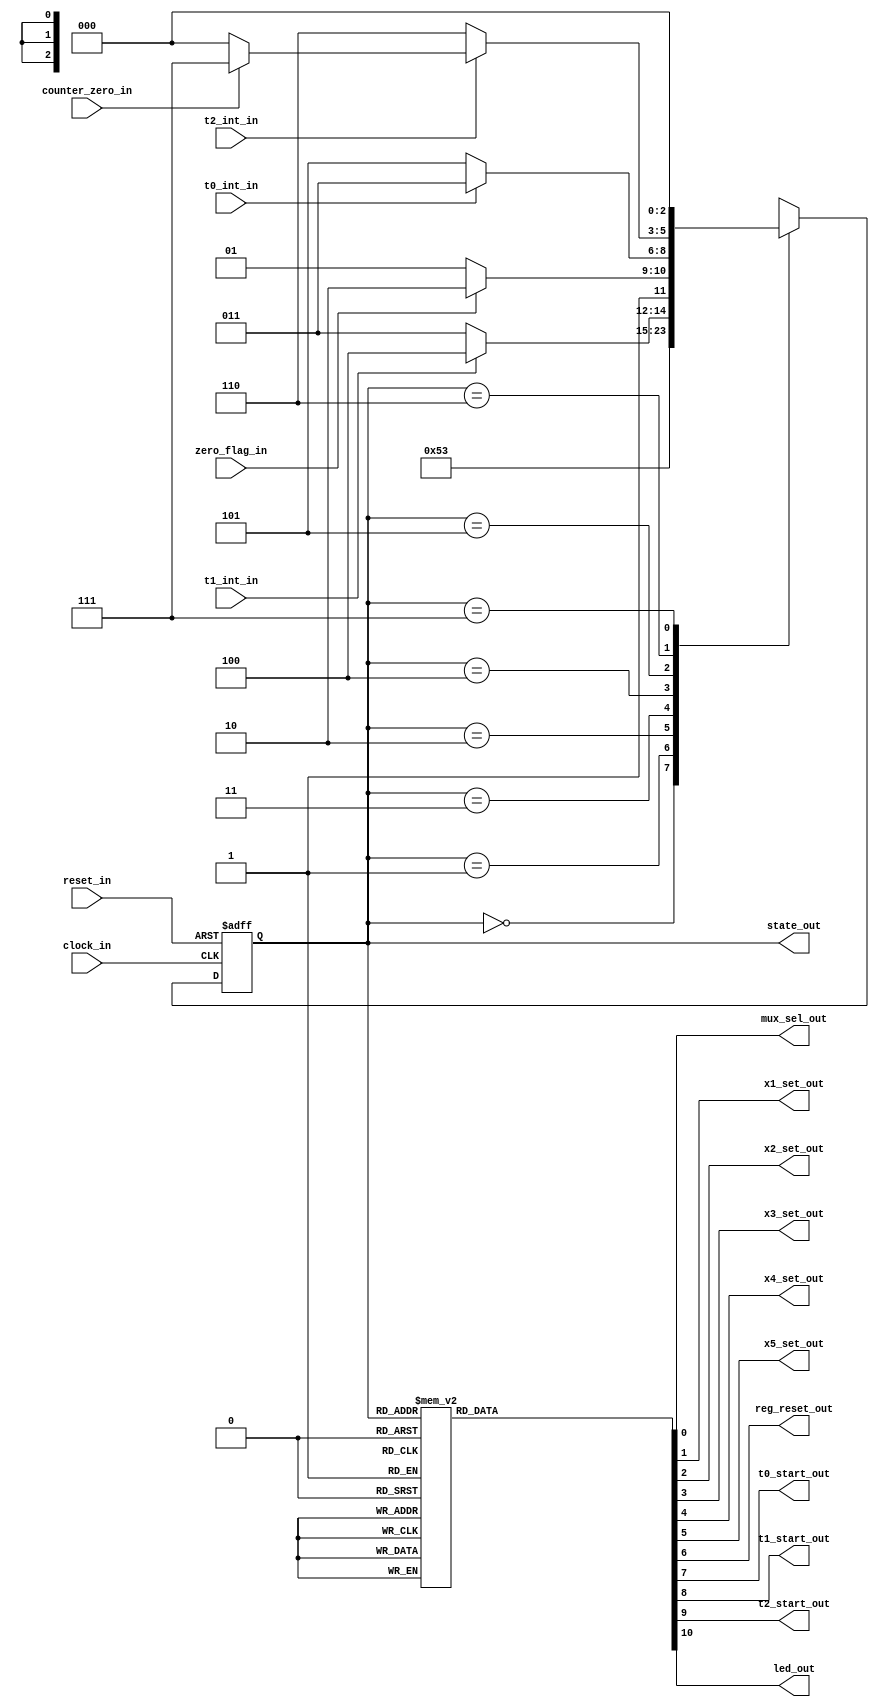




module control (
	clock_in,
	reset_in,
	zero_flag_in,
	counter_zero_in,
	t0_int_in,
	t1_int_in,
	t2_int_in,
	mux_sel_out,
	x1_set_out,
	x2_set_out,
	x3_set_out,
	x4_set_out,
	x5_set_out,
	reg_reset_out,
	t0_start_out,
	t1_start_out,
	t2_start_out,
	led_out,

	state_out
);

// Input and output definition
input clock_in;
input reset_in;
input zero_flag_in;
input counter_zero_in;
input t0_int_in;
input t1_int_in;
input t2_int_in;
output reg mux_sel_out;
output reg x1_set_out;
output reg x2_set_out;
output reg x3_set_out;
output reg x4_set_out;
output reg x5_set_out;
output reg reg_reset_out;
output reg t0_start_out;
output reg t1_start_out;
output reg t2_start_out;
output reg led_out;

output [2:0] state_out;

// Registers definition
reg led_reg;
reg [2:0] state_reg;

// Combinational logic
always @ ( * )
begin // Assigns the output based on the current state
	case (state_reg)
		3'b000: begin // S0 state
							mux_sel_out = 1'b0;
							x1_set_out = 1'b0;
							x2_set_out = 1'b0;
							x3_set_out = 1'b1;
							x4_set_out = 1'b1;
							x5_set_out = 1'b1;
							reg_reset_out = 1'b0;
							t0_start_out = 1'b0;
							t1_start_out = 1'b0;
							t2_start_out = 1'b0;
							led_out = 1'b0;
						end

		3'b001: begin // S1 state
							mux_sel_out = 1'b0;
							x1_set_out = 1'b1;
							x2_set_out = 1'b0;
							x3_set_out = 1'b0;
							x4_set_out = 1'b0;
							x5_set_out = 1'b0;
							reg_reset_out = 1'b0;
							t0_start_out = 1'b0;
							t1_start_out = 1'b0;
							t2_start_out = 1'b0;
							led_out = 1'b0;
						end

		3'b010: begin // S2 state
							mux_sel_out = 1'b0;
							x1_set_out = 1'b0;
							x2_set_out = 1'b1;
							x3_set_out = 1'b0;
							x4_set_out = 1'b0;
							x5_set_out = 1'b0;
							reg_reset_out = 1'b0;
							t0_start_out = 1'b0;
							t1_start_out = 1'b0;
							t2_start_out = 1'b0;
							led_out = 1'b0;
						end

		3'b011: begin // ON state
							mux_sel_out = 1'b0;
							x1_set_out = 1'b0;
							x2_set_out = 1'b0;
							x3_set_out = 1'b0;
							x4_set_out = 1'b0;
							x5_set_out = 1'b0;
							reg_reset_out = 1'b0;
							t0_start_out = 1'b0;
							t1_start_out = 1'b1;
							t2_start_out = 1'b0;
							led_out = 1'b1;
						end

		3'b100: begin // DEC state
							mux_sel_out = 1'b1;
							x1_set_out = 1'b0;
							x2_set_out = 1'b0;
							x3_set_out = 1'b0;
							x4_set_out = 1'b1;
							x5_set_out = 1'b0;
							reg_reset_out = 1'b0;
							t0_start_out = 1'b0;
							t1_start_out = 1'b0;
							t2_start_out = 1'b0;
							led_out = 1'b1;
						end

		3'b101: begin // OFF state
							mux_sel_out = 1'b0;
							x1_set_out = 1'b0;
							x2_set_out = 1'b0;
							x3_set_out = 1'b0;
							x4_set_out = 1'b0;
							x5_set_out = 1'b0;
							reg_reset_out = 1'b0;
							t0_start_out = 1'b1;
							t1_start_out = 1'b0;
							t2_start_out = 1'b0;
							led_out = 1'b0;
						end

		3'b110: begin // IDLE state
							mux_sel_out = 1'b0;
							x1_set_out = 1'b0;
							x2_set_out = 1'b0;
							x3_set_out = 1'b0;
							x4_set_out = 1'b0;
							x5_set_out = 1'b0;
							reg_reset_out = 1'b0;
							t0_start_out = 1'b0;
							t1_start_out = 1'b0;
							t2_start_out = 1'b1;
							led_out = 1'b0;
						end

		3'b111: begin // RESET state
							mux_sel_out = 1'b0;
							x1_set_out = 1'b0;
							x2_set_out = 1'b0;
							x3_set_out = 1'b0;
							x4_set_out = 1'b0;
							x5_set_out = 1'b0;
							reg_reset_out = 1'b1;
							t0_start_out = 1'b0;
							t1_start_out = 1'b0;
							t2_start_out = 1'b0;
							led_out = 1'b0;
						end
	endcase
end

// Sequential logic
always @(posedge clock_in, posedge reset_in)
begin
	if(reset_in == 1'b1)	// Resets the state machine
		state_reg = 3'b000;
	else
		case (state_reg)
			3'b000: state_reg = 3'b001;
			3'b001: state_reg = 3'b010;
			3'b010: state_reg = 3'b011;

			3'b011: if(t1_int_in)
								state_reg = 3'b100;
							else
								state_reg = 3'b011;

			3'b100: if (zero_flag_in)
								state_reg = 3'b110;
							else
								state_reg = 3'b101;

			3'b101: if (t0_int_in)
								state_reg = 3'b011;
							else
								state_reg = 3'b101;

			3'b110: if(t2_int_in)
								if(counter_zero_in == 1'b1)
									state_reg = 3'b111;
								else
									state_reg = 3'b000;
							else
								state_reg = 3'b110;
			3'b111: state_reg = 3'b000;
		endcase
end

assign state_out = state_reg;

endmodule